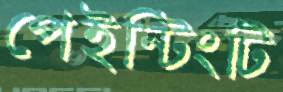
পেইন্টিংটি